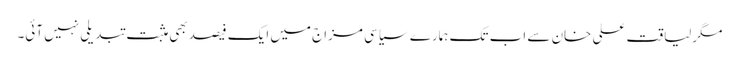
مگرلیاقت علی خان سے اب تک ہمارے سیاسی مزاج میں ایک فیصدبھی مثبت تبدیلی نہیں آئی۔